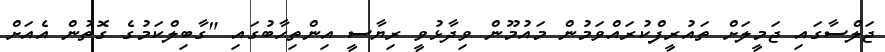
ޖަލްސާގައި ޖަމީލަށް ތައުރީފްކުރައްވަމުން މައުމޫން ވިދާޅުވީ ރިޔާސީ އިންތިހާބުގައި "ގާބިލްކަމުގެ ގޮތުން އެއަށް